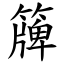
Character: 簰